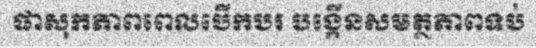
ផាសុកភាពពេលបើកបរ បង្កើនសមត្ថភាពទប់